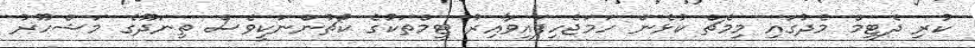
ކުރި ދެޓީމް މެދުގައި މިމެޗް ކުޅެން ހަމަޖެހިފައިވާއިރު ޓީމްތަކުގެ ކޯޗުންނަކީވެސް ތިނަދޫގެ މަޝްހޫރު